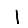
Digit: 1